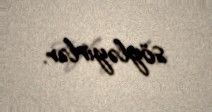
söyləyirlər.